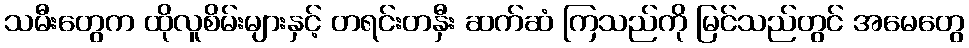
သမီးတွေက ထိုလူစိမ်းများနှင့် တရင်းတနှီး ဆက်ဆံ ကြသည်ကို မြင်သည်တွင် အမေတွေ